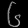
Digit: ၆